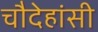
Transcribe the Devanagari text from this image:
चौदेहांसी